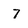
Character: 7